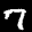
Label: 7